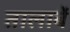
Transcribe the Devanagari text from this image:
तालाबें